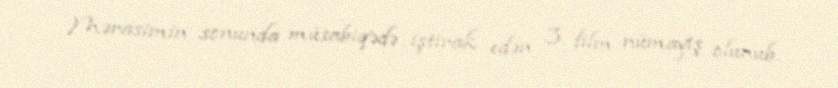
Mərasimin sonunda müsabiqədə iştirak edən 3 film nümayiş olunub.